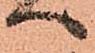
へ